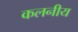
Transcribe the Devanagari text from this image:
कलनीय